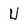
Character: U